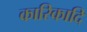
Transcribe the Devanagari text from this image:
कारिकादि